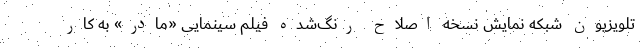
تلویزیون شبکه نمایش نسخه اصلاح رنگ‌شده فیلم سینمایی «مادر» به کار